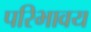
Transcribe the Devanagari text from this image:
परिभावय